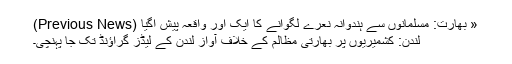
« بھارت: مسلمانوں سے ہندوآنہ نعرے لگوانے کا ایک اور واقعہ پیش آگیا (Previous News)
لندن: کشمیریوں پر بھارتی مظالم کے خلاف آواز لندن کے لیڈز گراؤنڈ تک جا پہنچی۔